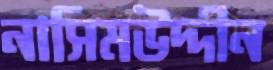
নাসিমউদ্দীন